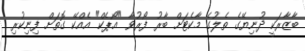
ބާޒާރަކީ ދުނިޔޭގެ ތެލުގެ މާކެޓަށް ބާރު ފޯރުވާ "އޯޕެކް" އެއްކޭ ގޮތަށް ފިނިކުރި